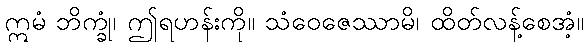
ဣမံ ဘိက္ခုံ၊ ဤရဟန်းကို။ သံဝေဇေဿာမိ၊ ထိတ်လန့်စေအံ့။